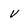
Character: v